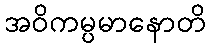
အဝိကမ္ပမာနောတိ